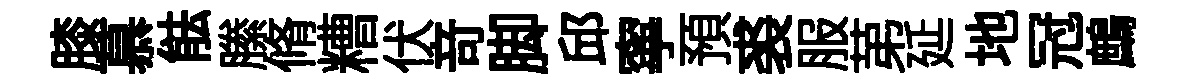
膝慕䏻縢脩糟伏竒脚邱寧預裘服苐延地冠鷓